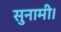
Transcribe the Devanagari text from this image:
सुनामी।